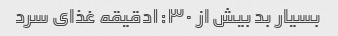
بسیار بد بیش از ۱:۳۰دقیقه غذای سرد